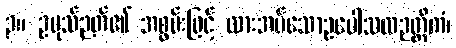
၃။ ဥပုသ်ဉတ်၏ အစွမ်းဖြင့် ထားအပ်သောဥပေါသထဉတ္တိကံ၊